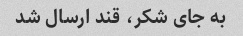
به جای شکر، قند ارسال شد